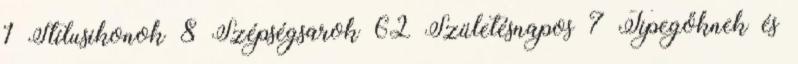
1 Stílusikonok 8 Szépségsarok 62 Születésnapos 7 Tipegőknek és